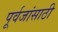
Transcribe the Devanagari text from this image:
पूर्वजांसाठी